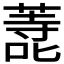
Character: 𭊬